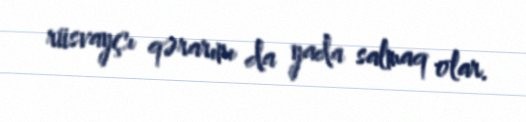
rüsvayçı qərarını da yada salmaq olar.